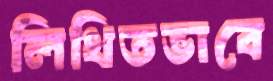
লিখিতভাবে